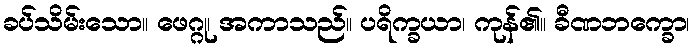
ခပ်သိမ်းသော။ ဖေဂ္ဂု၊ အကာသည်။ ပရိက္ခယာ၊ ကုန်၏။ ခီဏဘက္ခော၊